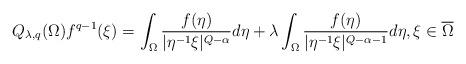
LaTeX: \begin{align*}Q_{\lambda, q}(\Omega) f^{q-1}(\xi)=\int_\Omega\frac{f(\eta)}{|\eta^{-1}\xi|^{Q-\alpha}}d\eta+ \lambda \int_\Omega\frac {f(\eta)}{|\eta^{-1}\xi|^{Q-\alpha-1}}d\eta,\xi\in \overline \Omega\end{align*}